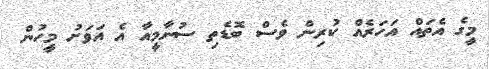
މީގެ އެތައް އަހަރެއް ކުރިން ވެސް ބޮޑެތި ސުނާމީއާ އެ އަވަށު މީހުން